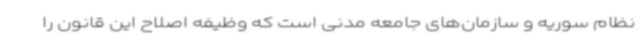
نظام سوریه و سازمان‌های جامعه مدنی است که وظیفه اصلاح این قانون را